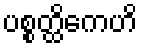
ပစ္စတ္ထိကေဟိ